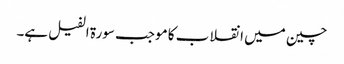
چین میں انقلاب کا موجب سورۃ الفیل ہے۔